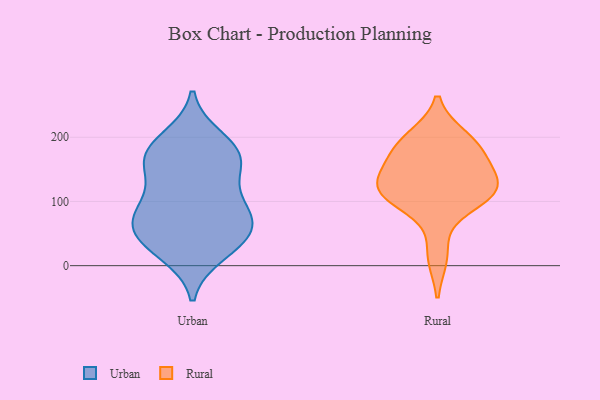
{"axis": {"x": "Gross Profit (USD K)", "y": "Value"}, "legend": ["Rural", "Urban"], "data": [{"x": "", "y": 172, "type": "Urban"}, {"x": "", "y": 69, "type": "Urban"}, {"x": "", "y": 101, "type": "Urban"}, {"x": "", "y": 45, "type": "Urban"}, {"x": "", "y": 47, "type": "Urban"}, {"x": "", "y": 31, "type": "Urban"}, {"x": "", "y": 180, "type": "Urban"}, {"x": "", "y": 171, "type": "Urban"}, {"x": "", "y": 65, "type": "Urban"}, {"x": "", "y": 91, "type": "Urban"}, {"x": "", "y": 159, "type": "Urban"}, {"x": "", "y": 197, "type": "Urban"}, {"x": "", "y": 144, "type": "Urban"}, {"x": "", "y": 83, "type": "Urban"}, {"x": "", "y": 20, "type": "Urban"}, {"x": "", "y": 101, "type": "Rural"}, {"x": "", "y": 198, "type": "Rural"}, {"x": "", "y": 128, "type": "Rural"}, {"x": "", "y": 165, "type": "Rural"}, {"x": "", "y": 112, "type": "Rural"}, {"x": "", "y": 117, "type": "Rural"}, {"x": "", "y": 114, "type": "Rural"}, {"x": "", "y": 185, "type": "Rural"}, {"x": "", "y": 135, "type": "Rural"}, {"x": "", "y": 16, "type": "Rural"}, {"x": "", "y": 186, "type": "Rural"}]}